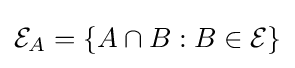
{\mathcal {E}}_{A}=\{A\cap B:B\in {\mathcal {E}}\}